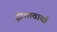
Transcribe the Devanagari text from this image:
द्रोणाचार्या